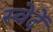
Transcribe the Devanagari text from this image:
स्वेदें